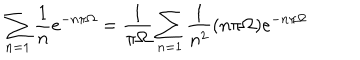
\sum _ { n = 1 } \frac { 1 } { n } e ^ { - n \pi \Omega } = \frac { 1 } { \pi \Omega } \sum _ { n = 1 } \frac { 1 } { n ^ { 2 } } ( n \pi \Omega ) e ^ { - n \pi \Omega }